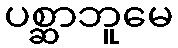
ပစ္ဆာဘူမေ